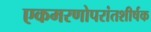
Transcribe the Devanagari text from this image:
एकमरणोपरांतशीर्षक